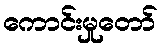
ကောင်းမှုတော်